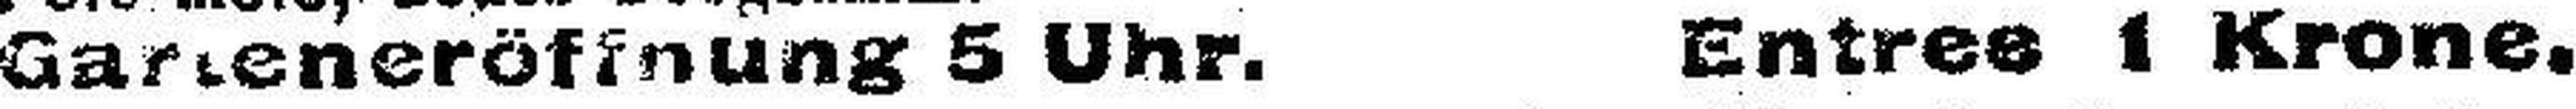
Garteneröffnung 5 Uhr. Entree I Krone.